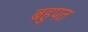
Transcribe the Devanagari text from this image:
बहुपत